Indian journal of veterinary science and animal husbandry - Volume 3,
Year: 1933
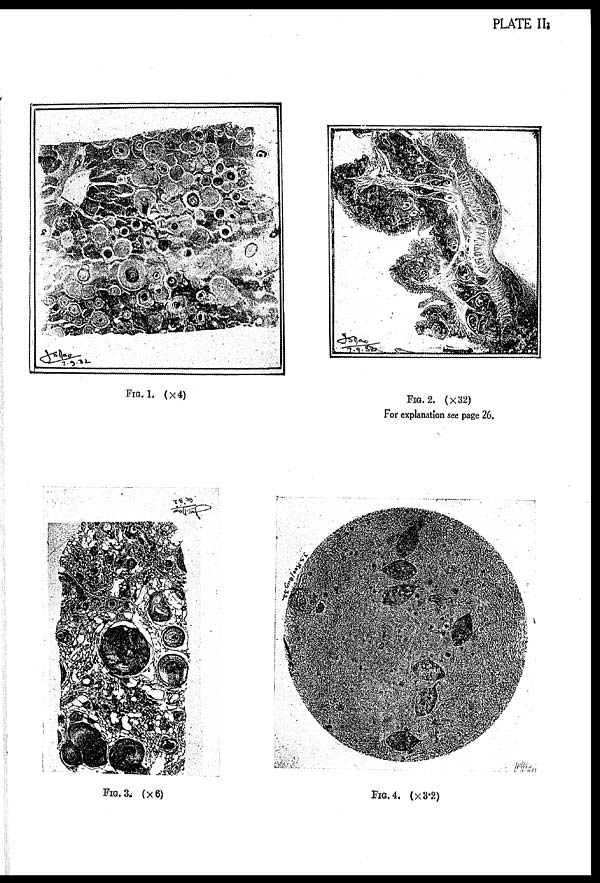
PLATE II.
FIG. 1. (× 4)
FIG. 2. (× 32)
For explanation see page 26.
FIG. 3. (× 6)
FIG. 4. (× 3.2)